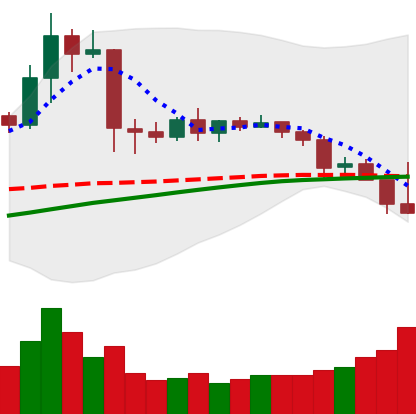
Ticker: TRX-USD
Chart end date: 2019-04-25
Forward return: 4.222%
Label: up_3_5